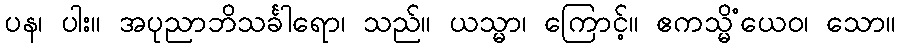
ပန၊ ပါး။ အပုညာဘိသင်္ခါရော၊ သည်။ ယသ္မာ၊ ကြောင့်။ ဧကသ္မိံယေဝ၊ သော။